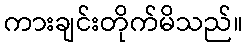
ကားချင်းတိုက်မိသည်။